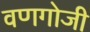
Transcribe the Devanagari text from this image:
वणगोजी